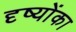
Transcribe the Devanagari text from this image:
दृष्योंका